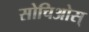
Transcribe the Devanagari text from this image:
सोचिओस्